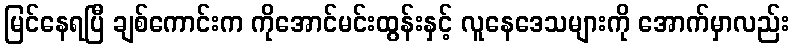
မြင်နေရပြီ ချစ်ကောင်းက ကိုအောင်မင်းထွန်းနှင့် လူနေဒေသများကို အောက်မှာလည်း